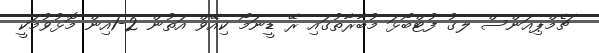
ޗެމްޕިއަންސް ލގު ފުޓްބޯޅަ މުބާރާތުގައި ރޭ ޑީނަމޯ ކިއޭވް އަތުން 2-1އިން މޮޅުވުމަކީ